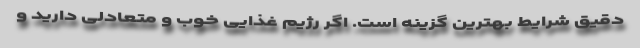
دقیق شرایط بهترین گزینه است. اگر رژیم غذایی خوب و متعادلی دارید و